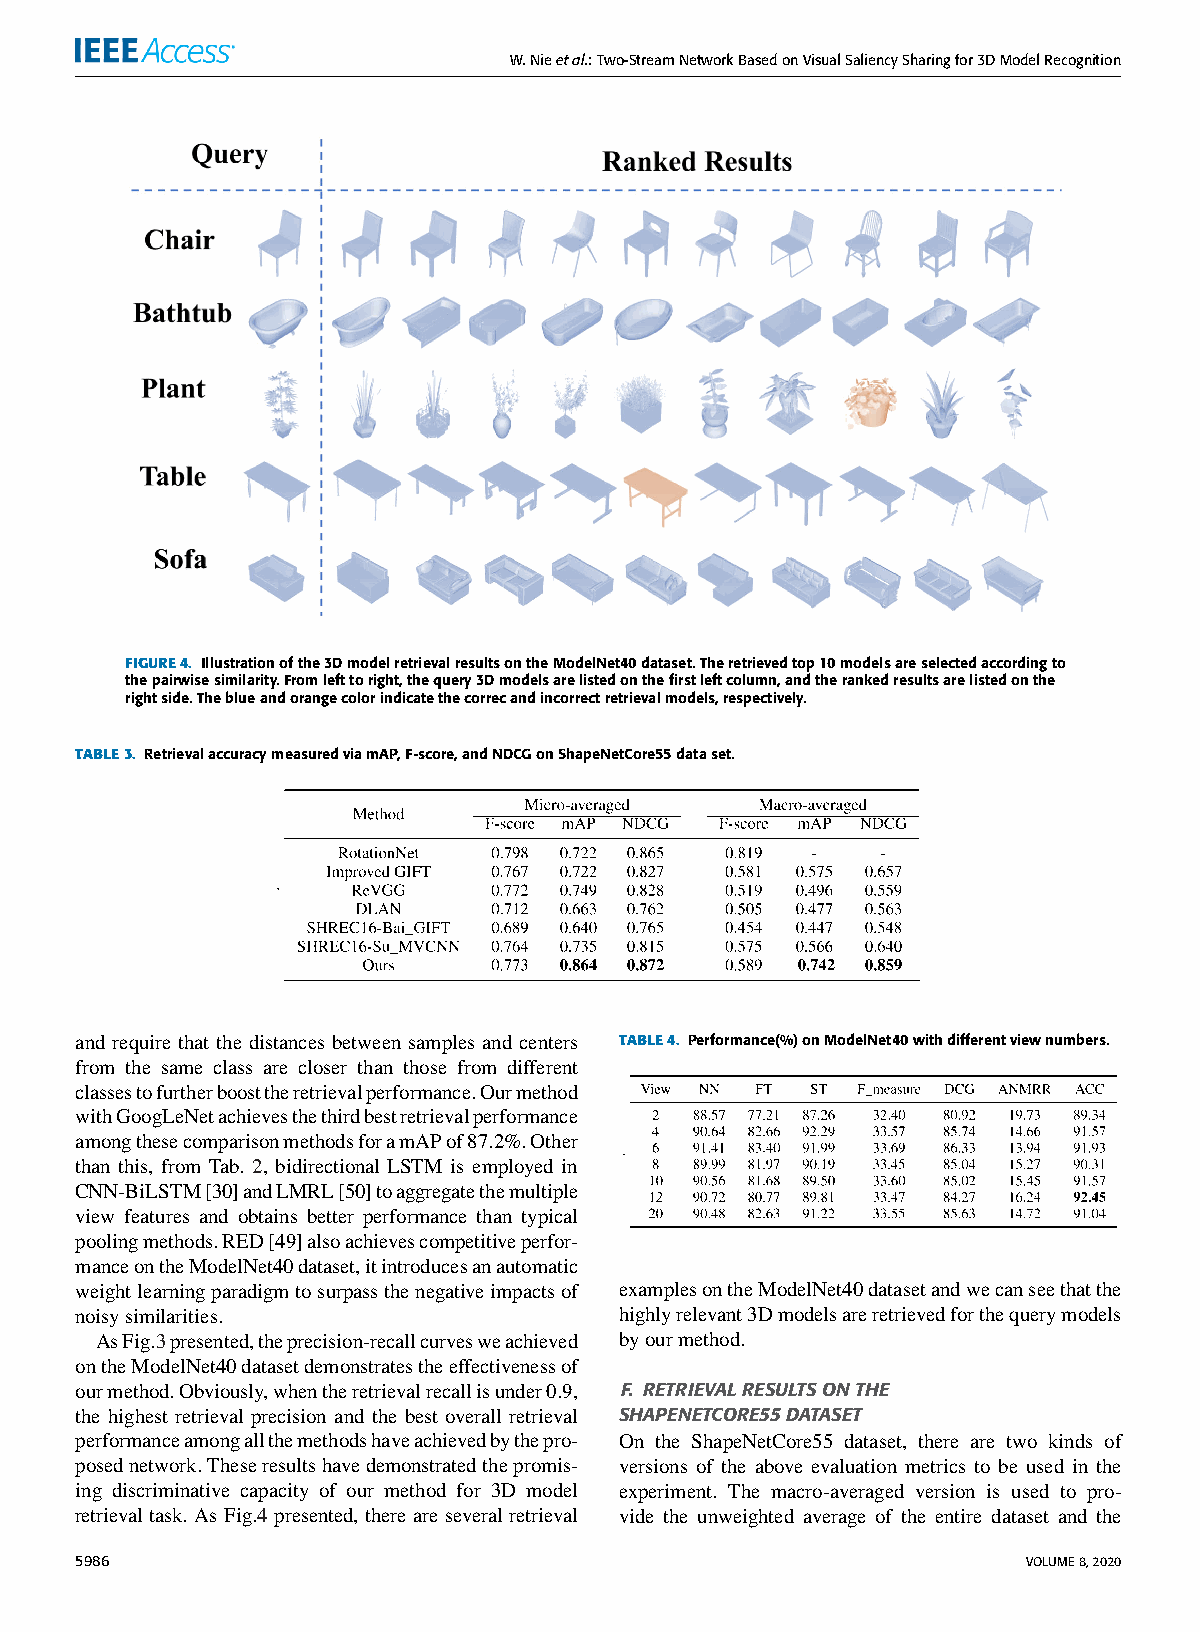
W.Nieetal.:Two-StreamNetworkBasedonVisualSaliencySharingfor3DModelRecognition
 FIGURE4. Illustrationofthe3DmodelretrievalresultsontheModelNet40dataset.Theretrievedtop10modelsareselectedaccordingto
 thepairwisesimilarity.Fromlefttoright,thequery3Dmodelsarelistedonthefirstleftcolumn,andtherankedresultsarelistedonthe
 rightside.Theblueandorangecolorindicatethecorrecandincorrectretrievalmodels,respectively.
 TABLE3. RetrievalaccuracymeasuredviamAP,F-score,andNDCGonShapeNetCore55dataset.
 and require that the distances between samples and centers TABLE4. Performance(%)onModelNet40withdifferentviewnumbers.
 from the same class are closer than those from different
 classestofurtherboosttheretrievalperformance.Ourmethod
 withGoogLeNetachievesthethirdbestretrievalperformance
 amongthesecomparisonmethodsforamAPof87.2%.Other
 than this, from Tab. 2, bidirectional LSTM is employed in
 CNN-BiLSTM[30]andLMRL[50]toaggregatethemultiple
 view features and obtains better performance than typical
 poolingmethods.RED[49]alsoachievescompetitiveperfor-
 manceontheModelNet40dataset,itintroducesanautomatic
 weightlearningparadigmtosurpassthenegativeimpactsof examplesontheModelNet40datasetandwecanseethatthe
 noisysimilarities.                  highlyrelevant3Dmodelsareretrievedforthequerymodels
 AsFig.3presented,theprecision-recallcurvesweachieved byourmethod.
 ontheModelNet40datasetdemonstratestheeffectivenessof
 ourmethod.Obviously,whentheretrievalrecallisunder0.9, F. RETRIEVALRESULTSONTHE
 the highest retrieval precision and the best overall retrieval SHAPENETCORE55DATASET
 performanceamongallthemethodshaveachievedbythepro- On the ShapeNetCore55 dataset, there are two kinds of
 posednetwork.Theseresultshavedemonstratedthepromis- versions of the above evaluation metrics to be used in the
 ing discriminative capacity of our method for 3D model experiment. The macro-averaged version is used to pro-
 retrieval task. As Fig.4 presented, there are several retrieval vide the unweighted average of the entire dataset and the
 5986                                                           VOLUME8,2020